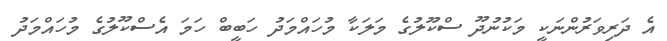
އެ ދަރިވަރުންނަކީ މަކުނުދޫ ސްކޫލުގެ މަލަކާ މުހައްމަދު ހަބީބް ހަމަ އެސްކޫލުގެ މުހައްމަދު